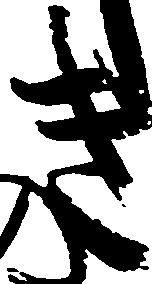
き